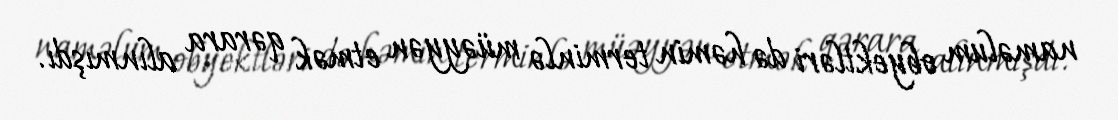
naməlum obyektləri də həmin terminlə müəyyən etmək qərara alınmışdı.